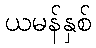
ယမန်နှစ်